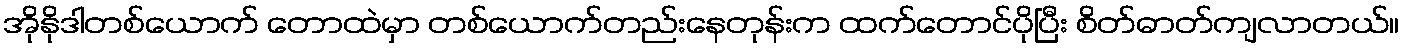
အိုနိုဒါတစ်ယောက် တောထဲမှာ တစ်ယောက်တည်းနေတုန်းက ထက်တောင်ပိုပြီး စိတ်ဓာတ်ကျလာတယ်။